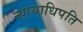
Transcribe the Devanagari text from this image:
न्यायाधिपति